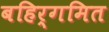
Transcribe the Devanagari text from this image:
बहिर्गमित